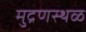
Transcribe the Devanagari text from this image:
मुद्रणस्थळ